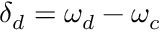
\delta _ { d } = \omega _ { d } - \omega _ { c }